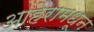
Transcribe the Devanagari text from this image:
आहेरामधून